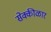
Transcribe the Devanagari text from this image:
सेक्कीळार